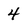
Character: 4